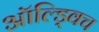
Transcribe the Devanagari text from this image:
ऑल्ड्विच